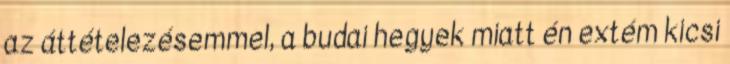
az áttételezésemmel, a budai hegyek miatt én extém kicsi